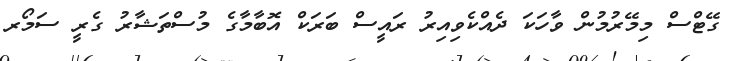
ގޭޓްސް މިމޭރުމުން ވާހަކަ ދެއްކެވިއިރު ރައީސް ބަރަކް އޮބާމާގެ މުސްތަޝާރު ގެރީ ސަމޯރ